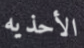
الأحذيه